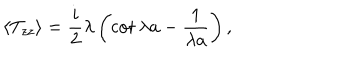
\langle T _ { z z } \rangle = { \frac { i } { 2 } } \lambda \left( \cot \lambda a - { \frac { 1 } { \lambda a } } \right) ,